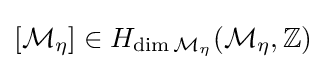
[{\mathcal {M}}_{\eta }]\in H_{\dim {\mathcal {M}}_{\eta }}({\mathcal {M}}_{\eta },\mathbb {Z} )